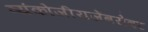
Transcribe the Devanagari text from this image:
व्यंकोजीराजेंबरोबर